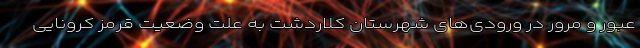
عبور و مرور در ورودی‌های شهرستان کلاردشت به علت وضعیت قرمز کرونایی